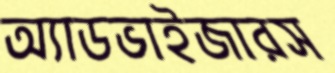
অ্যাডভাইজারস